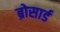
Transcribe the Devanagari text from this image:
ब्रोसार्ड